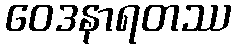
ဝေဒနာရတဿ